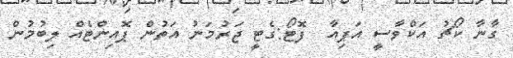
ގާނާ ކޯޗު އަކްވާސީ އަޕިއާ  ފޮޓޯ:ގެޓީ ޖަރުމަނު އަތުން ޕޮއިންޓެއް ލިބުމުން